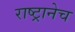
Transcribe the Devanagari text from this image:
राष्ट्रानेच